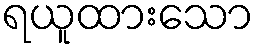
ရယူထားသော